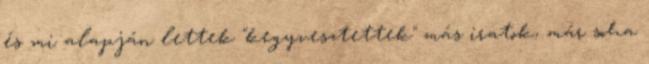
és mi alapján lettek "kegyvesztettek" más iratok, már soha